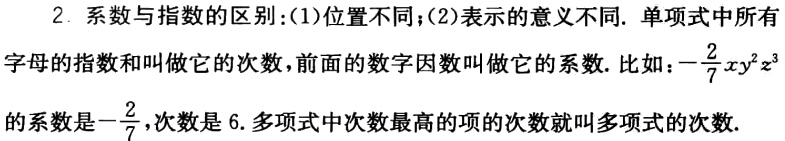
2. 系数与指数的区别：(1)位置不同；(2)表示的意义不同. 单项式中所有
字母的指数和叫做它的次数，前面的数字因数叫做它的系数. 比如：$-\frac{2}{7}xy^{2}z^{3}$
的系数是$-\frac{2}{7}$，次数是 6. 多项式中次数最高的项的次数就叫多项式的次数.